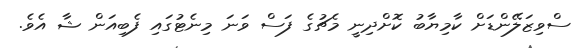
ސްވިޒަލޭންޑަށް ކާމިޔާބު ކޮށްދިނީ މެޗުގެ ފަސް ވަނަ މިނެޓުގައި ފެބިއަން ޝާ އެވެ.